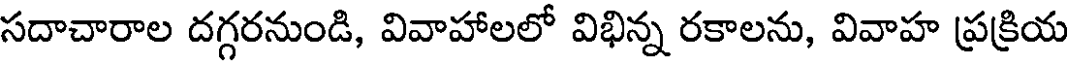
సదాచారాల దగ్గరనుండి, వివాహాలలో విభిన్న రకాలను, వివాహ ప్రక్రియ